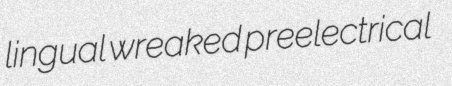
lingual wreaked preelectrical